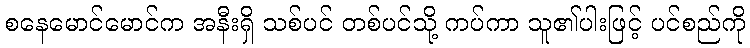
စနေမောင်မောင်က အနီးရှိ သစ်ပင် တစ်ပင်သို့ ကပ်ကာ သူ၏ပါးဖြင့် ပင်စည်ကို